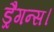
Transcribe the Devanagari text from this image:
ड्रैगन्स।